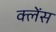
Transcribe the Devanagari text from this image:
क्लेंस